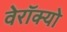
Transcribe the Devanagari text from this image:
वेरॉक्यो